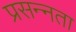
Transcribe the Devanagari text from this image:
प्रसन्‍नता